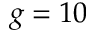
g = 1 0